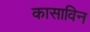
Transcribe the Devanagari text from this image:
कासाविन